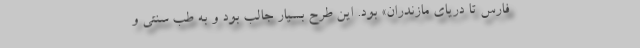
فارس تا دریای مازندران» بود. این طرح بسیار جالب بود و به طب سنتی و